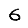
Digit: 6